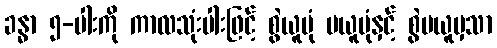
ခန္ဓာ ၅-ပါးကို ကာလသုံးပါးဖြင့် စွဲယူပုံ မယူပုံနှင့် စွဲမယူမှသာ